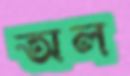
অল